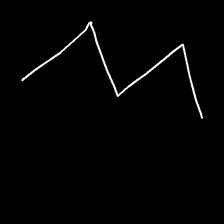
Glyph: crush